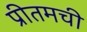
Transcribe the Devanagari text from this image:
प्रीतमची